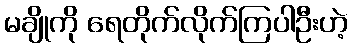
မချိုကို ရေတိုက်လိုက်ကြပါဦးဟဲ့